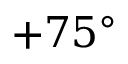
\boldsymbol { + 7 5 ^ { \circ } }